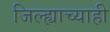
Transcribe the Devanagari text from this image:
जिल्ह्याच्याही